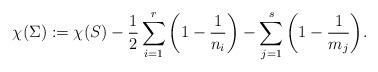
LaTeX: \begin{align*}\chi(\Sigma) := \chi(S) - \frac{1}{2} \sum_{i=1}^{r}\bigg{(}1-\frac{1}{n_i} \bigg{)}- \sum_{j=1}^{s} \bigg{(}1-\frac{1}{m_j}\bigg{)}.\end{align*}